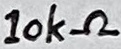
Text: 10kΩ